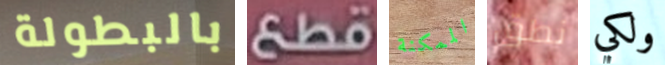
بالبطولة قطع الممكنة نطق ولكي